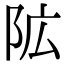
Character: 𮤾